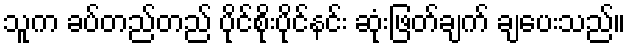
သူက ခပ်တည်တည် ပိုင်စိုးပိုင်နင်း ဆုံးဖြတ်ချက် ချပေးသည်။